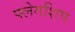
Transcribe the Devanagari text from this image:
फ्लेगशिप